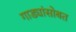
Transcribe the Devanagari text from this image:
गाड्यांसोबत